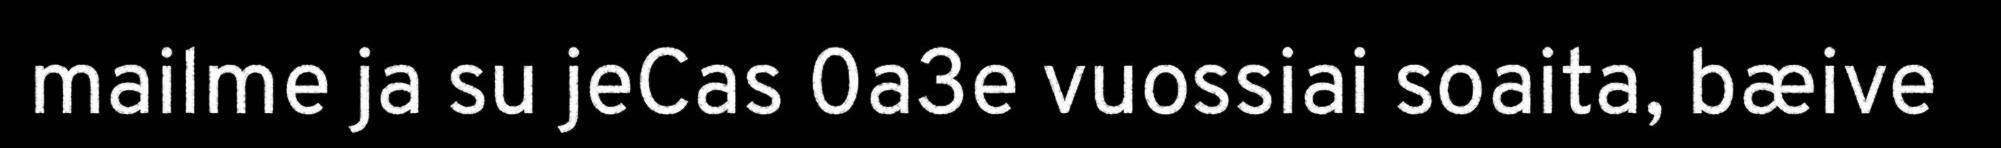
mailme ja su jeCas 0a3e vuossiai soaita, bæive